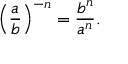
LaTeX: \left( { \frac { a } { b } } \right) ^ { - n } = { \frac { b ^ { n } } { a ^ { n } } } .